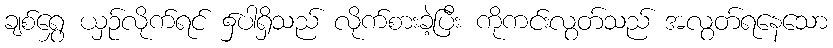
ချစ်ရွှေ ယှဉ်လိုက်ရင် ၌ပါရှိသည် လိုက်စားခဲ့ပြီး ကိုကင်းလွတ်သည် အလွတ်ရနေသော